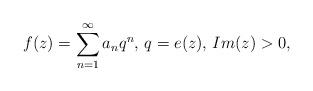
LaTeX: \begin{align*}f(z)=\sum^{\infty}_{n=1}a_nq^n\textrm{, }q=e(z)\textrm{, }Im(z)>0,\end{align*}